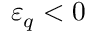
{ \varepsilon } _ { q } < 0